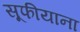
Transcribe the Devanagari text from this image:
सूफीयाना